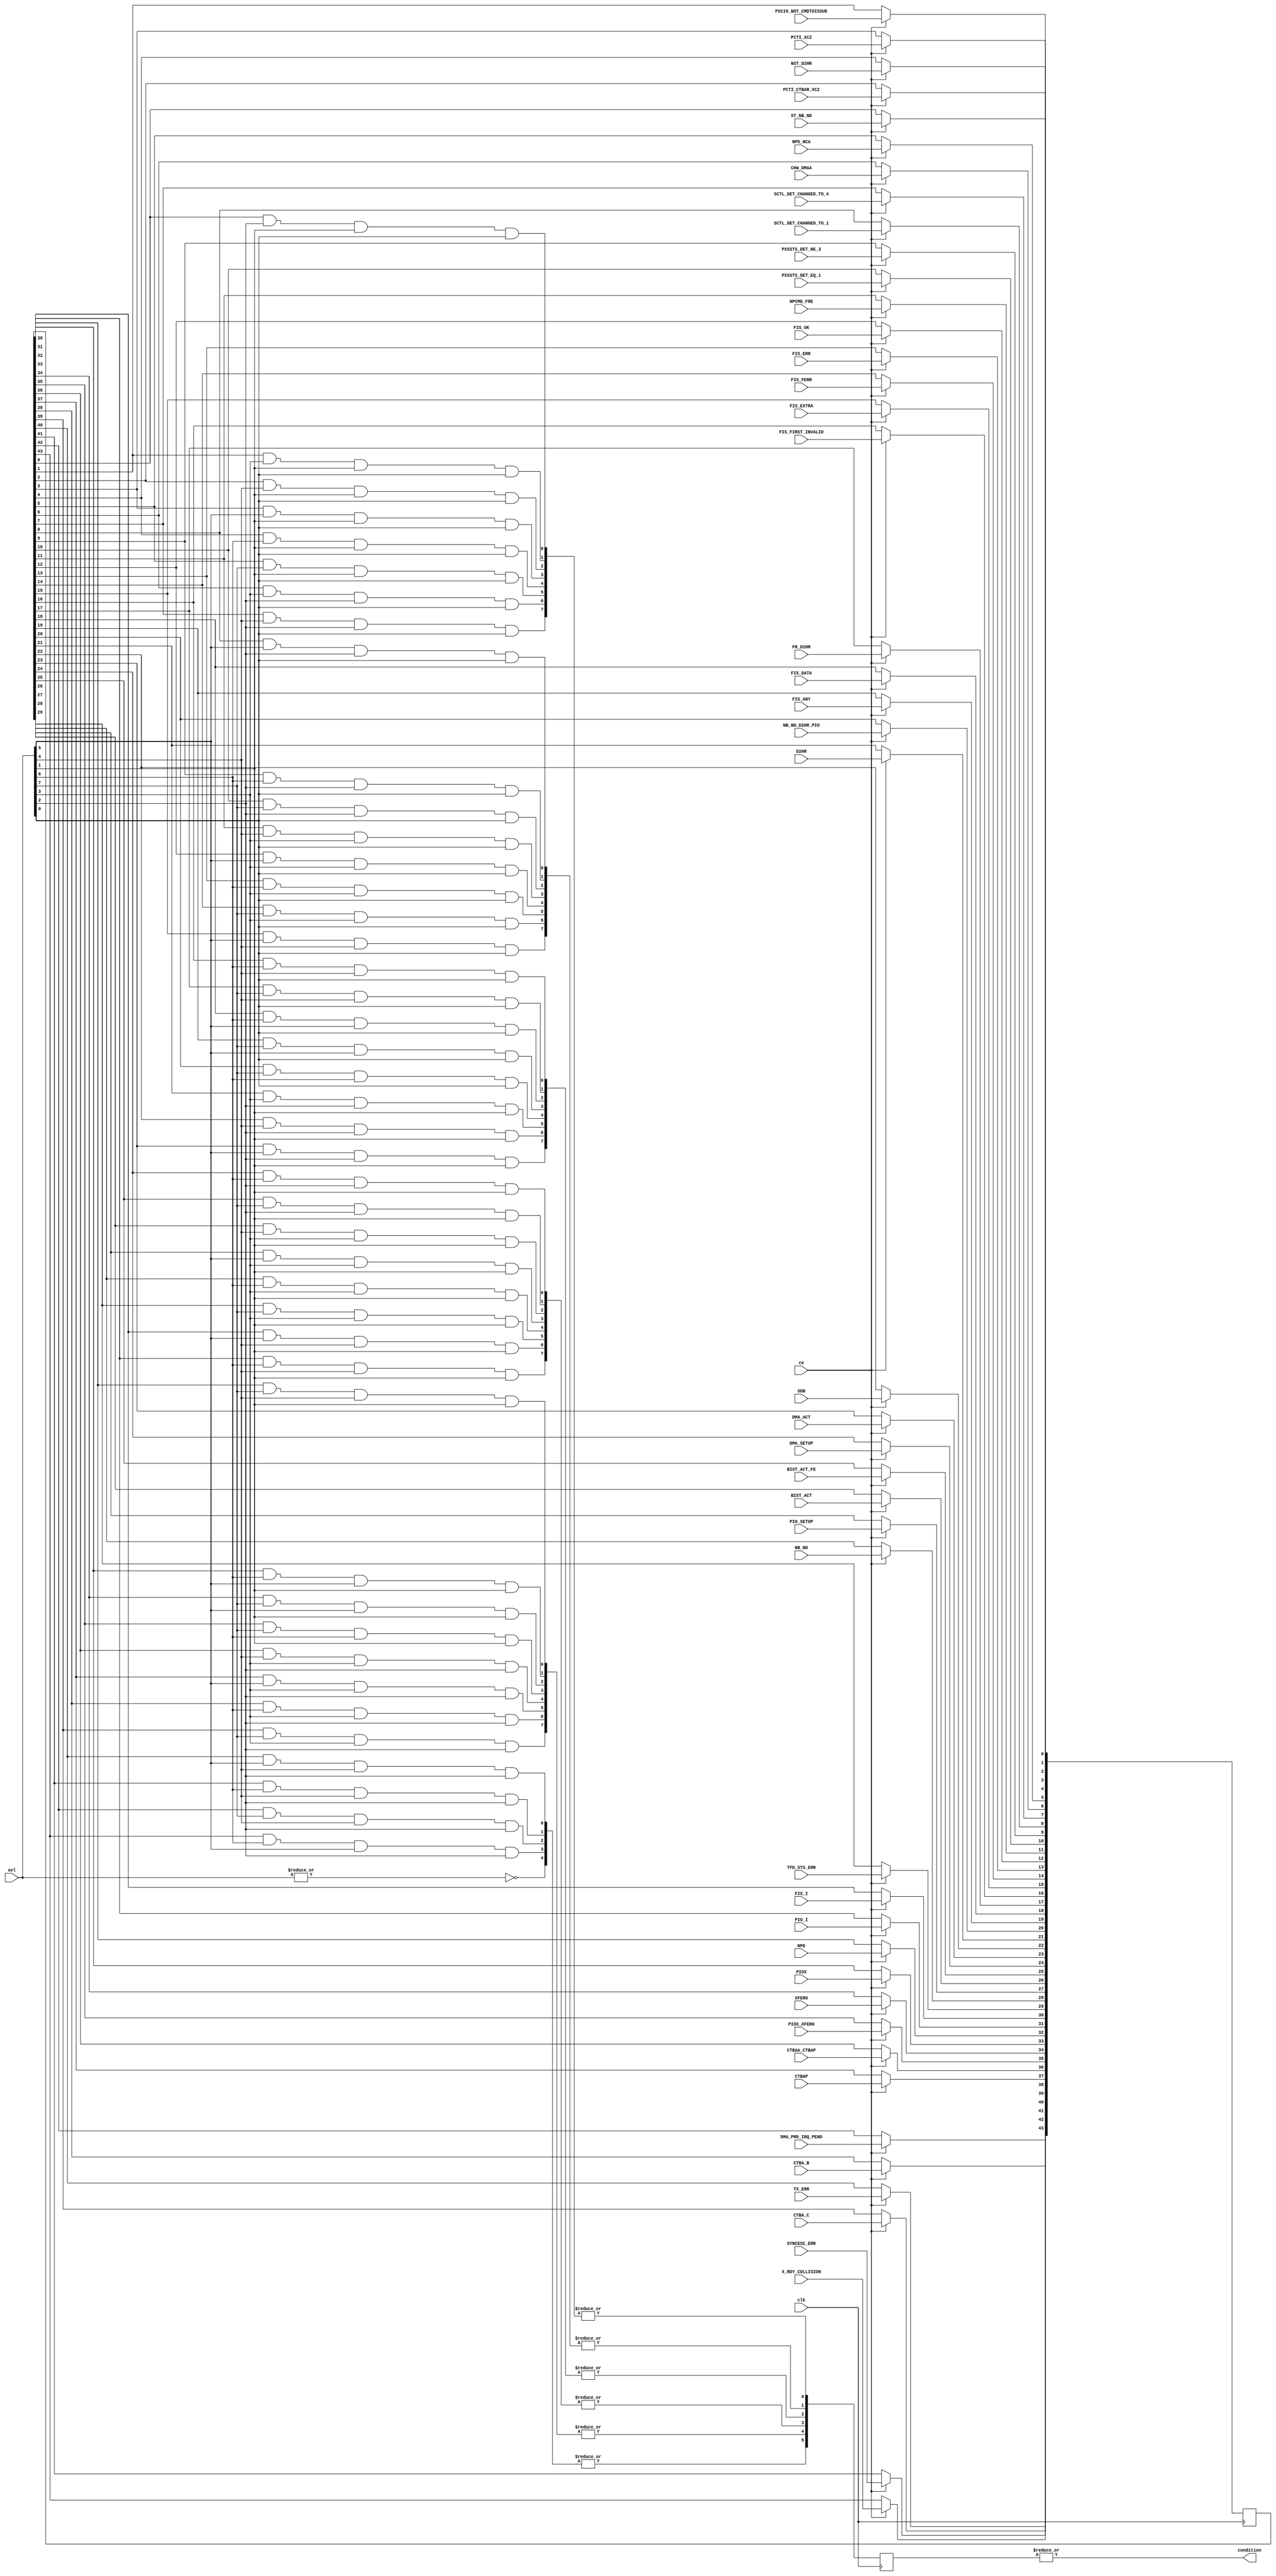
// This program was cloned from: https://github.com/Elphel/x393
// License: GNU General Public License v3.0

/*!
 * <b>Module:</b>condition_mux
 * @file   condition_mux.v 
 * @date   2016-12-08  
 * @author auto-generated file, see ahci_fsm_sequence.py
 * @brief  Select condition
 */

`timescale 1ns/1ps

module condition_mux (
    input        clk,
    input        ce,  // enable recording all conditions
    input [ 7:0] sel,
    output       condition,
    input        ST_NB_ND,
    input        PXCI0_NOT_CMDTOISSUE,
    input        PCTI_CTBAR_XCZ,
    input        PCTI_XCZ,
    input        NST_D2HR,
    input        NPD_NCA,
    input        CHW_DMAA,
    input        SCTL_DET_CHANGED_TO_4,
    input        SCTL_DET_CHANGED_TO_1,
    input        PXSSTS_DET_NE_3,
    input        PXSSTS_DET_EQ_1,
    input        NPCMD_FRE,
    input        FIS_OK,
    input        FIS_ERR,
    input        FIS_FERR,
    input        FIS_EXTRA,
    input        FIS_FIRST_INVALID,
    input        FR_D2HR,
    input        FIS_DATA,
    input        FIS_ANY,
    input        NB_ND_D2HR_PIO,
    input        D2HR,
    input        SDB,
    input        DMA_ACT,
    input        DMA_SETUP,
    input        BIST_ACT_FE,
    input        BIST_ACT,
    input        PIO_SETUP,
    input        NB_ND,
    input        TFD_STS_ERR,
    input        FIS_I,
    input        PIO_I,
    input        NPD,
    input        PIOX,
    input        XFER0,
    input        PIOX_XFER0,
    input        CTBAA_CTBAP,
    input        CTBAP,
    input        CTBA_B,
    input        CTBA_C,
    input        TX_ERR,
    input        SYNCESC_ERR,
    input        DMA_PRD_IRQ_PEND,
    input        X_RDY_COLLISION);

    wire [44:0] masked;
    reg  [43:0] registered;
    reg  [ 5:0] cond_r;

    assign condition = |cond_r;

    assign masked[ 0] = registered[ 0]  && sel[ 2] && sel[ 1] && sel[ 0];
    assign masked[ 1] = registered[ 1]  && sel[ 3] && sel[ 1] && sel[ 0];
    assign masked[ 2] = registered[ 2]  && sel[ 4] && sel[ 1] && sel[ 0];
    assign masked[ 3] = registered[ 3]  && sel[ 5] && sel[ 1] && sel[ 0];
    assign masked[ 4] = registered[ 4]  && sel[ 6] && sel[ 1] && sel[ 0];
    assign masked[ 5] = registered[ 5]  && sel[ 7] && sel[ 1] && sel[ 0];
    assign masked[ 6] = registered[ 6]  && sel[ 3] && sel[ 2] && sel[ 0];
    assign masked[ 7] = registered[ 7]  && sel[ 4] && sel[ 2] && sel[ 0];
    assign masked[ 8] = registered[ 8]  && sel[ 5] && sel[ 2] && sel[ 0];
    assign masked[ 9] = registered[ 9]  && sel[ 6] && sel[ 2] && sel[ 0];
    assign masked[10] = registered[10]  && sel[ 7] && sel[ 2] && sel[ 0];
    assign masked[11] = registered[11]  && sel[ 4] && sel[ 3] && sel[ 0];
    assign masked[12] = registered[12]  && sel[ 5] && sel[ 3] && sel[ 0];
    assign masked[13] = registered[13]  && sel[ 6] && sel[ 3] && sel[ 0];
    assign masked[14] = registered[14]  && sel[ 7] && sel[ 3] && sel[ 0];
    assign masked[15] = registered[15]  && sel[ 5] && sel[ 4] && sel[ 0];
    assign masked[16] = registered[16]  && sel[ 6] && sel[ 4] && sel[ 0];
    assign masked[17] = registered[17]  && sel[ 7] && sel[ 4] && sel[ 0];
    assign masked[18] = registered[18]  && sel[ 6] && sel[ 5] && sel[ 0];
    assign masked[19] = registered[19]  && sel[ 7] && sel[ 5] && sel[ 0];
    assign masked[20] = registered[20]  && sel[ 7] && sel[ 6] && sel[ 0];
    assign masked[21] = registered[21]  && sel[ 3] && sel[ 2] && sel[ 1];
    assign masked[22] = registered[22]  && sel[ 4] && sel[ 2] && sel[ 1];
    assign masked[23] = registered[23]  && sel[ 5] && sel[ 2] && sel[ 1];
    assign masked[24] = registered[24]  && sel[ 6] && sel[ 2] && sel[ 1];
    assign masked[25] = registered[25]  && sel[ 7] && sel[ 2] && sel[ 1];
    assign masked[26] = registered[26]  && sel[ 4] && sel[ 3] && sel[ 1];
    assign masked[27] = registered[27]  && sel[ 5] && sel[ 3] && sel[ 1];
    assign masked[28] = registered[28]  && sel[ 6] && sel[ 3] && sel[ 1];
    assign masked[29] = registered[29]  && sel[ 7] && sel[ 3] && sel[ 1];
    assign masked[30] = registered[30]  && sel[ 5] && sel[ 4] && sel[ 1];
    assign masked[31] = registered[31]  && sel[ 6] && sel[ 4] && sel[ 1];
    assign masked[32] = registered[32]  && sel[ 7] && sel[ 4] && sel[ 1];
    assign masked[33] = registered[33]  && sel[ 6] && sel[ 5] && sel[ 1];
    assign masked[34] = registered[34]  && sel[ 7] && sel[ 5] && sel[ 1];
    assign masked[35] = registered[35]  && sel[ 7] && sel[ 6] && sel[ 1];
    assign masked[36] = registered[36]  && sel[ 4] && sel[ 3] && sel[ 2];
    assign masked[37] = registered[37]  && sel[ 5] && sel[ 3] && sel[ 2];
    assign masked[38] = registered[38]  && sel[ 6] && sel[ 3] && sel[ 2];
    assign masked[39] = registered[39]  && sel[ 7] && sel[ 3] && sel[ 2];
    assign masked[40] = registered[40]  && sel[ 5] && sel[ 4] && sel[ 2];
    assign masked[41] = registered[41]  && sel[ 6] && sel[ 4] && sel[ 2];
    assign masked[42] = registered[42]  && sel[ 7] && sel[ 4] && sel[ 2];
    assign masked[43] = registered[43]  && sel[ 6] && sel[ 5] && sel[ 2];
    assign masked[44] = !(|sel); // always TRUE condition (sel ==0)

    always @(posedge clk) begin
        if (ce) begin
            registered[ 0] <= ST_NB_ND;
            registered[ 1] <= PXCI0_NOT_CMDTOISSUE;
            registered[ 2] <= PCTI_CTBAR_XCZ;
            registered[ 3] <= PCTI_XCZ;
            registered[ 4] <= NST_D2HR;
            registered[ 5] <= NPD_NCA;
            registered[ 6] <= CHW_DMAA;
            registered[ 7] <= SCTL_DET_CHANGED_TO_4;
            registered[ 8] <= SCTL_DET_CHANGED_TO_1;
            registered[ 9] <= PXSSTS_DET_NE_3;
            registered[10] <= PXSSTS_DET_EQ_1;
            registered[11] <= NPCMD_FRE;
            registered[12] <= FIS_OK;
            registered[13] <= FIS_ERR;
            registered[14] <= FIS_FERR;
            registered[15] <= FIS_EXTRA;
            registered[16] <= FIS_FIRST_INVALID;
            registered[17] <= FR_D2HR;
            registered[18] <= FIS_DATA;
            registered[19] <= FIS_ANY;
            registered[20] <= NB_ND_D2HR_PIO;
            registered[21] <= D2HR;
            registered[22] <= SDB;
            registered[23] <= DMA_ACT;
            registered[24] <= DMA_SETUP;
            registered[25] <= BIST_ACT_FE;
            registered[26] <= BIST_ACT;
            registered[27] <= PIO_SETUP;
            registered[28] <= NB_ND;
            registered[29] <= TFD_STS_ERR;
            registered[30] <= FIS_I;
            registered[31] <= PIO_I;
            registered[32] <= NPD;
            registered[33] <= PIOX;
            registered[34] <= XFER0;
            registered[35] <= PIOX_XFER0;
            registered[36] <= CTBAA_CTBAP;
            registered[37] <= CTBAP;
            registered[38] <= CTBA_B;
            registered[39] <= CTBA_C;
            registered[40] <= TX_ERR;
            registered[41] <= SYNCESC_ERR;
            registered[42] <= DMA_PRD_IRQ_PEND;
            registered[43] <= X_RDY_COLLISION;
        end
        cond_r[ 0] <= |masked[ 7: 0];
        cond_r[ 1] <= |masked[15: 8];
        cond_r[ 2] <= |masked[23:16];
        cond_r[ 3] <= |masked[31:24];
        cond_r[ 4] <= |masked[39:32];
        cond_r[ 5] <= |masked[44:40];
    end
endmodule